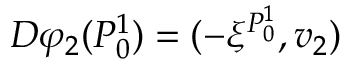
D \varphi _ { 2 } ( P _ { 0 } ^ { 1 } ) = ( - \xi ^ { P _ { 0 } ^ { 1 } } , v _ { 2 } )